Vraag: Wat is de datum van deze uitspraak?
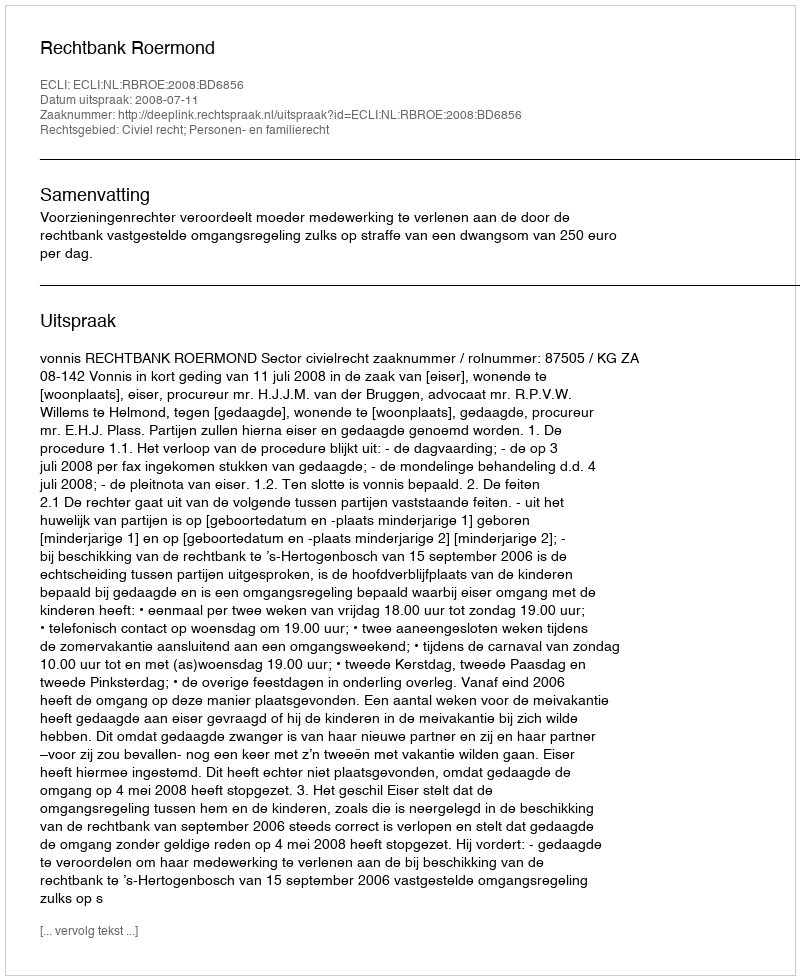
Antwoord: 2008-07-11